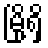
မြို့ရှိ